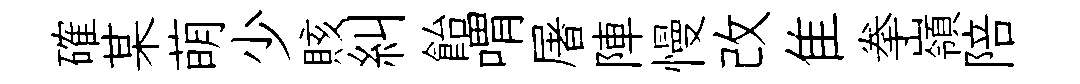
確某萌少賅糾飴喟屠陣慢改隹拳嶺陪